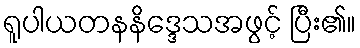
ရူပါယတနနိဒ္ဒေသအဖွင့် ပြီး၏။